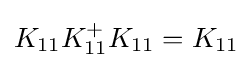
{\textstyle K_{11}K_{11}^{+}K_{11}=K_{11}}